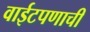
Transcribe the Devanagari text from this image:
वाईटपणाची